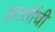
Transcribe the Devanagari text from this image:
हततींची